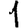
Digit: 1